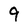
Character: 9